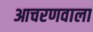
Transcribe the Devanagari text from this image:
आचरणवाला